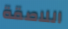
اللاصقة